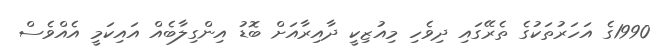
1990ގެ އަހަރުތަކުގެ ތެރޭގައި ދިވެހި މިއުޒިކީ ދާއިރާއަށް ބޮޑު އިންގިލާބެއް އައިކަމީ އެއްވެސް